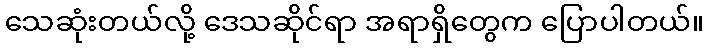
သေဆုံးတယ်လို့ ဒေသဆိုင်ရာ အရာရှိတွေက ပြောပါတယ်။